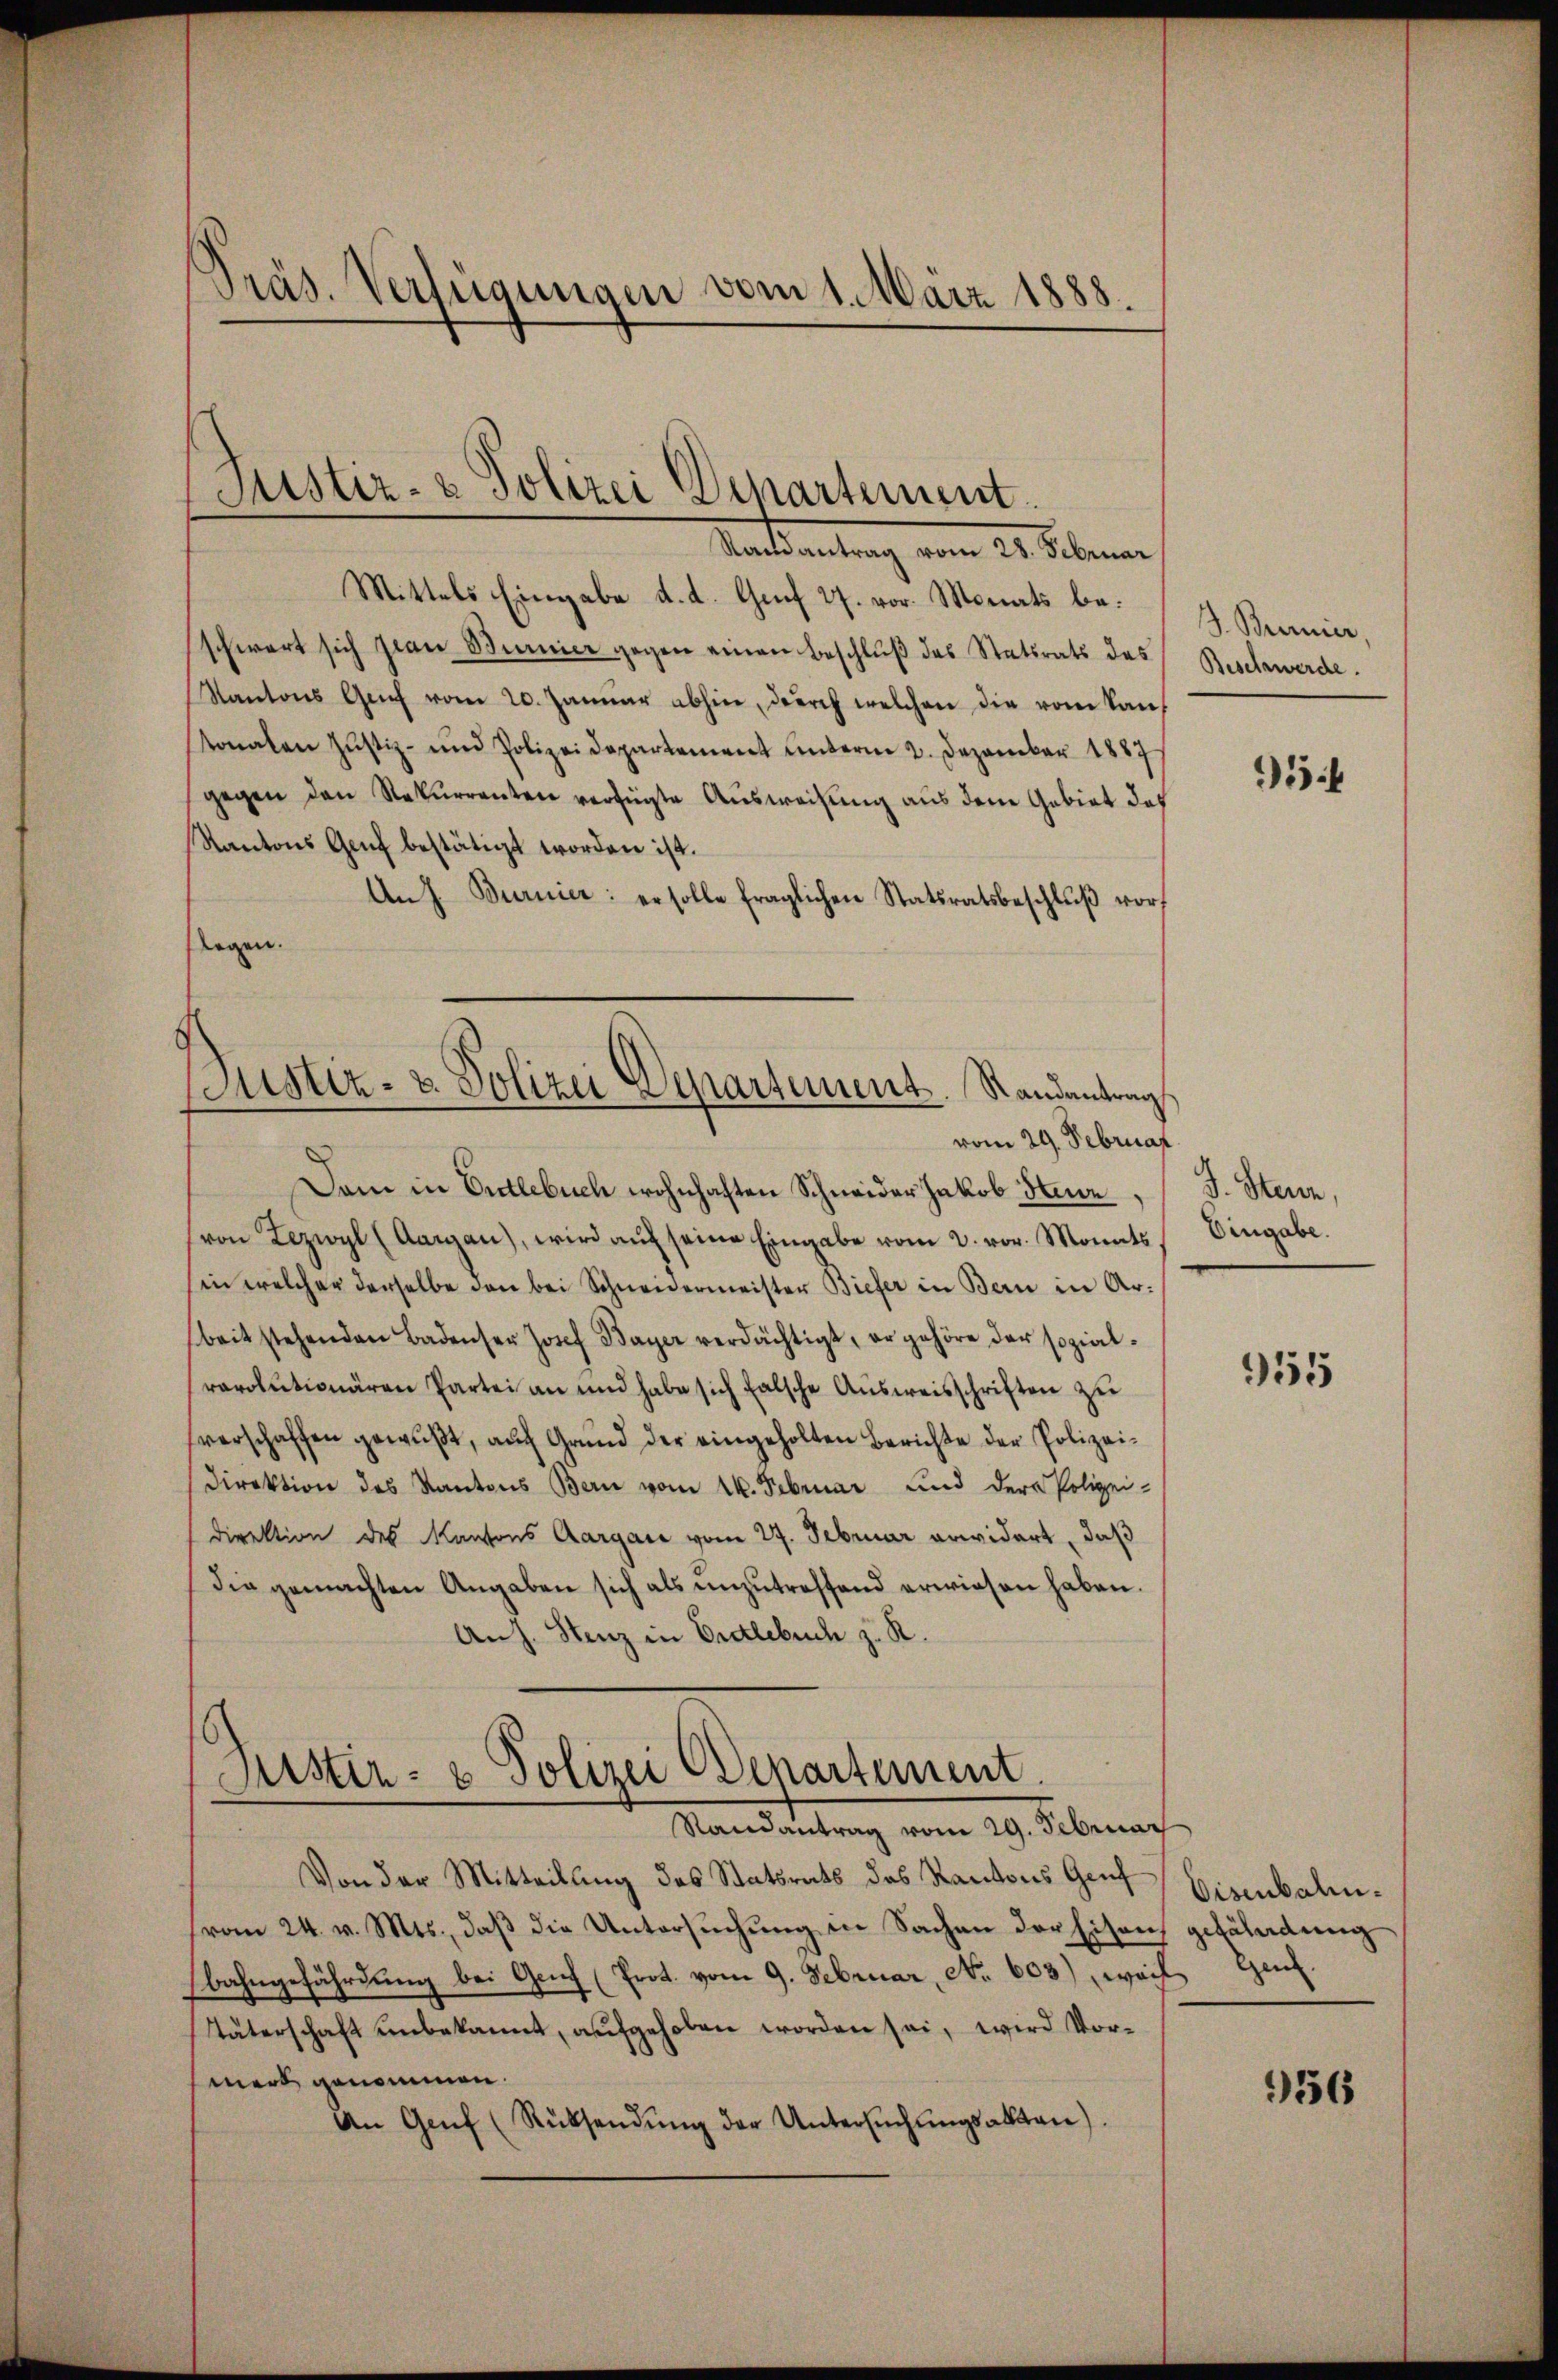
Präs. Verfügungen vom 1. März 1888.

Justiz- & Polizei Departement.
Mandantrag vom 28. Sienar

Mittels Eingabe d. d. Genf 27. vor. Monats beschwert sich Jean Burnier gegen einen Beschluß des Statsrats des
Kantons Genf vom 20. Januar abhin, durch welchen die vom kan
tonalen Justiz- und Polizeidepartement unterm 2. Dezember 1887
gegen den Rekurrenten verfügte Ausweisung aus dem Gebiet des
Kantons Genf bestätigt worden ist.
An J. Burnier: er solle fraglichen Statsratsbeschlŭβ vorlegen.
Dam in Entlebuch wohnhaften Schneider Jakob Steur,
von Lezwyl (Aargau), wird auf seine Eingabe vom 2. vor. Monats
in welcher derselbe den bei Schneidermeister Biefer in Bern in Arbeit stehenden Badenser Josef Bayer verdächtigt, er gehöre der sozial-
rarolutionären Partei an und habe sich falsche Aŭsweisschriften zu
verschaffen gewußt, auf Grund der eingeholten Berichte der Polizei¬
Direktion des Kantons Bern vom 26. Februar und dere Polizei-
direktion des Kantons Aargare vom 27. Februar erwidert, daß
Die gemachten Angaben sich als unzutreffend erwiesen haben.
Anz. Stenz in Entlebuch z. R.

Justiz- u. Polizei Departement. Randantrag
vom 29. Februar

Justiz- & Polizei Departement
Randantrag vom 29. Februar

Von der Mitteilung des Statsrats des Kantons Genf
vom 24. v. Mts., daß die Untersuchung in Sachen der Eisenbahngefährdung bei Genf (Prot. vom 9. Februar, No. 603.) weil
Täterschaft unbekannt, aufgehoben worden sei, wird Vormerk genommen.
An Genf (Rücksendŭng der Untersŭchŭngsakten)

J. Brennier,
Beschwerde.

9

J. Steur,
Eingabe.

955

Eisenbahngefährdung
Gen

956